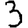
Digit: 3